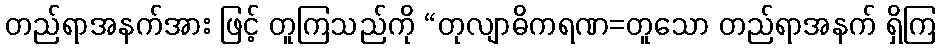
တည်ရာအနက်အား ဖြင့် တူကြသည်ကို “တုလျာဓိကရဏ=တူသော တည်ရာအနက် ရှိကြ